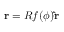
\mathbf { r } = R f ( \phi ) \mathbf { \hat { r } }